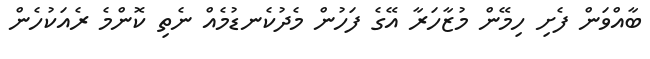
ބާއްވަން ފެށި ހިމޭން މުޒާހަރާ އޭގެ ފަހުން މެދުކެނޑުމެއް ނެތި ކޮންމެ ރެއަކުހެން